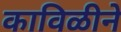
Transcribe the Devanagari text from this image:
काविळीने